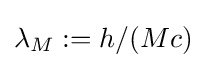
\lambda _{M}:=h/(Mc)